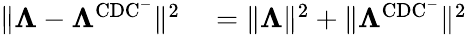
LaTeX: \begin{array}{rl}{\lVert\boldsymbol{\Lambda}-\boldsymbol{\Lambda}^{\mathrm{CDC^{-}}}\rVert^{2}}&{{}=\lVert\boldsymbol{\Lambda}\rVert^{2}+\lVert\boldsymbol{\Lambda}^{\mathrm{CDC^{-}}}\rVert^{2}}\end{array}